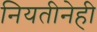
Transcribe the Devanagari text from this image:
नियतीनेही